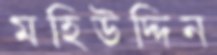
মহিউদ্দিন